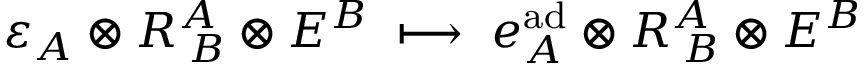
\varepsilon _ { A } \otimes R _ { \; B } ^ { A } \otimes E ^ { B } \; \longmapsto \; e _ { A } ^ { \mathrm { a d } } \otimes R _ { \; B } ^ { A } \otimes E ^ { B }